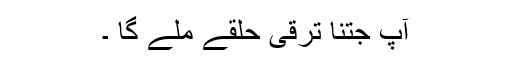
آپ جتنا ترقی حلقے ملے گا ۔